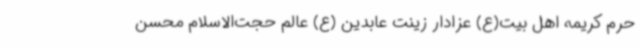
حرم کریمه اهل بیت(ع) عزادار زینت عابدین (ع) عالم حجت‌الاسلام محسن